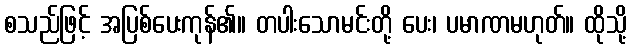
စသည်ဖြင့် အပြစ်ပေးကုန်၏။ တပါးသောမင်းတို့ ပေး၊ ပမာဏမဟုတ်။ ထိုသို့